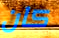
كان